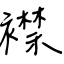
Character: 襟